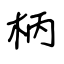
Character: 柄